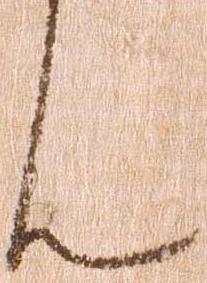
ん